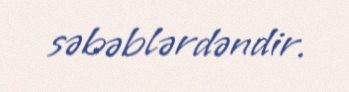
səbəblərdəndir.